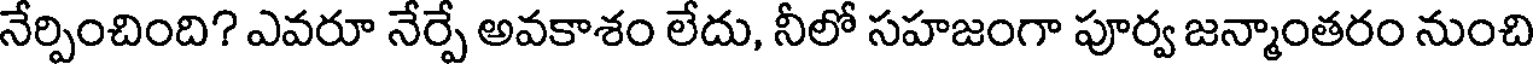
నేర్పించింది? ఎవరూ నేర్పే అవకాశం లేదు, నీలో సహజంగా పూర్వ జన్మాంతరం నుంచి